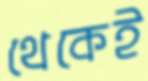
থেকেই